Civil Veterinary Dept. Bombay admin report 1893-99 - 1893-1899
Year: 1893
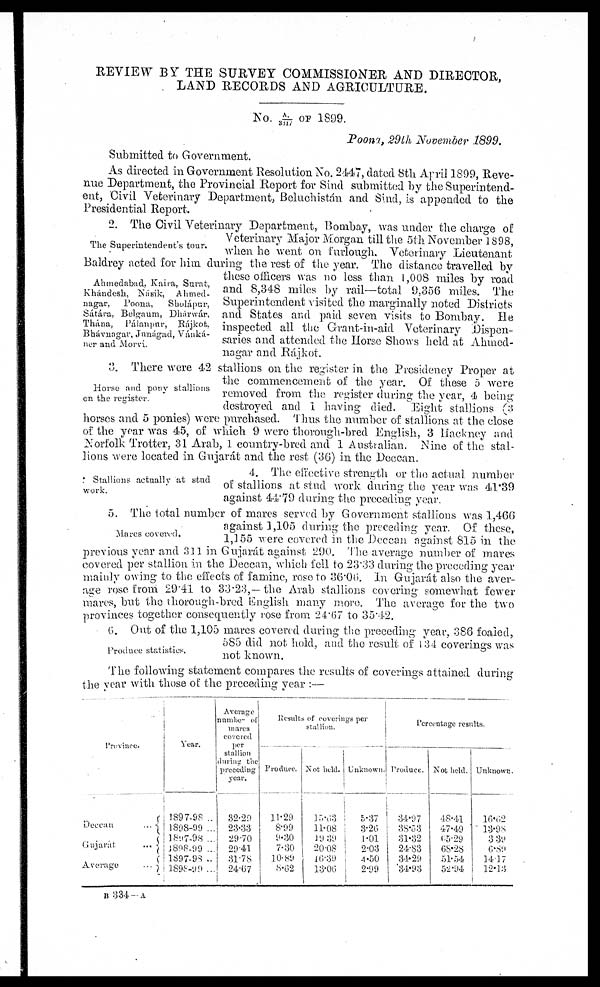
REVIEW BY THE SURVEY COMMISSIONER AND DIRECTOR,
LAND RECORDS AND AGRICULTURE.
No. A/8317 OF 1899.
Poona, 29th November 1899.
Submitted to Government.
As directed in Government Resolution No. 2447, dated 8th April 1899, Reve-
nue Department, the Provincial Report for Sind submitted by the Superintend-
ent, Civil Veterinary Department, Beluchistán and Sind, is appended to the
Presidential Report.
The Superintendent's tour.
Ahmedabad, Kaira, Surat,
Khándesh, Násik, Ahmed¬
nagar,
Poona,
Sholápur,
Sátára, Belgaum, Dhárwár,
Thána, Pálanpar, Rájkot,
Bhávnagar, Junágad, Vánká¬
ner and Morvi.
2.
The Civil Veterinary Department, Bombay, was under the charge of
Veterinary Major Morgan till the 5th November 1898,
when he went on furlough. Veterinary Lieutenant
Baldrey acted for him during the rest of the year. The distance travelled by
these officers was no less than 1,008 miles by road
and 8,348 miles by rail—total 9,356 miles. The
Superintendent visited the marginally noted Districts
and States and paid seven visits to Bombay. He
inspected all the Grant-in-aid Veterinary Dispen-
saries and attended the Horse Shows held at Ahmed-
nagar and Rájkot.
Horse and pony stallions
on the register.
3. There were 42 stallions on the register in the Presidency Proper at
the commencement of the year. Of these 5 were
removed from the register during the year, 4 being
destroyed and i having died. Eight stallions (3
horses and 5 ponies) were purchased. Thus the number of stallions at the close
of the year was 45, of which 9 were thorough-bred English, 3 Hackney and
Norfolk Trotter, 31 Arab, 1 country-bred and 1 Australian. Nine of the stal-
lions were located in Gujarát and the rest (36) in the Deccan.
Stallions actually at stud
work.
4. The effective strength or the actual number
of stallions at stud work during the year was 41.39
against 44.79 during the preceding year.
Mares covered.
5. The total number of mares served by Government stallions was 1,466
against 1,105 during the preceding year. Of these,
1,155 were covered in the Deccan against 815 in the
previous year and 311 in Gujarát against 290. The average number of mares
covered per stallion in the Deccan, which fell to 23.33 during the preceding year
mainly owing to the effects of famine, rose to 36.06. In Gujarat also the aver-
age rose from 29.41 to 33.23,—the Arab stallions covering somewhat fewer
mares, but the thorough-bred English many more. The average for the two
provinces together consequently rose from 24.67 to 35.42.
Produce statistics.
6. Out of the 1,105 mares covered during the preceding year, 386 foaled,
585 did not hold, and the result of 134 coverings was
not known.
The following statement compares the results of coverings attained during
the year with those of the preceding year:—
Province.
Deccan ...
Gujarat
...
Average ...
Year.
1897-98 ..
1898-99 ...
1897-98 ...
1898-99 ...
1897-98 ...
1898-99 ...
Average
number of
mares
covered
per
stallion
during the
preceding
year.
32.29
23.33
29.70
29.41
31.78
24.67
Results of coverings per
stallion.
Produce.
11.29
8.99
9.30
7.30
10.89
8.62
Not held.
15.63
11.08
19.39
20.08
16.39
13.06
Unknown.
5.37
3.26
1.01
2.03
4.50
2.99
Percentage results.
Produce.
34.97
38.53
31.32
24.83
34.29
34.93
Not held.
48.41
47.49
65.29
68.28
51.54
52.94
Unknown.
l6.62
13.98
3 39
6.89
14.17
12.13
B 334—A